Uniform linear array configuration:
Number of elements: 48
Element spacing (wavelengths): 0.75
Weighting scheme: cosine
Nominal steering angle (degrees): -45
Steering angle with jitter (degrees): -46.377
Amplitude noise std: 0.05
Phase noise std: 0.05

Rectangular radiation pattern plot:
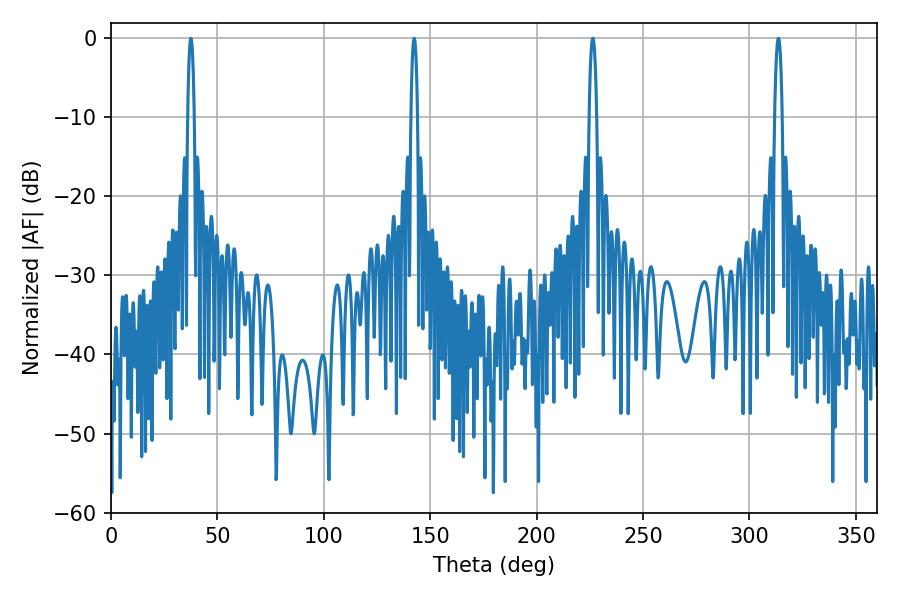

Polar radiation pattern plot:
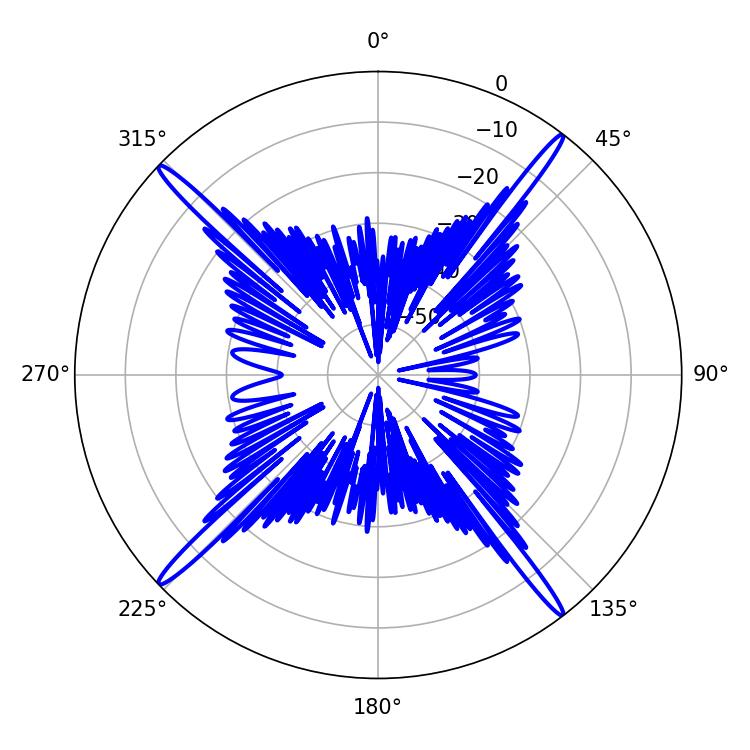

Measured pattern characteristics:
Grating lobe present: TRUE
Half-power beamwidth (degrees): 1.98
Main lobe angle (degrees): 313.56